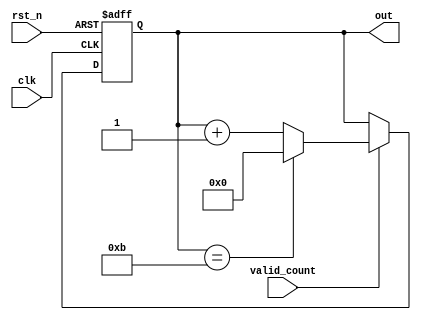
`timescale 1ns / 1ps

module counter_12 (
    input wire rst_n,       // Active low reset
    input wire clk,         // Clock signal
    input wire valid_count, // Enable counting
    output reg [3:0] out    // 4-bit count output
);

    always @(posedge clk or negedge rst_n) begin
        if (!rst_n) begin
            // Reset condition
            out <= 4'b0000;
        end else if (valid_count) begin
            if (out == 4'd11) begin
                // Wrap counter back to 0 after reaching 11
                out <= 4'b0000;
            end else begin
                // Increment counter
                out <= out + 4'd1;
            end
        end
        // If valid_count is 0, do nothing (counter is paused)
    end

endmodule